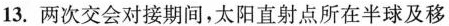
13.两次交会对接期间，太阳直射点所在半球及移